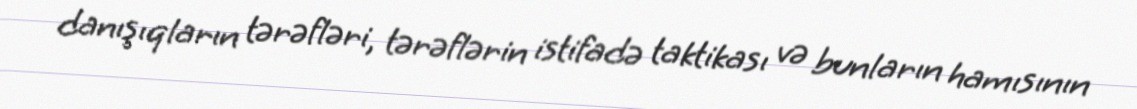
danışıqların tərəfləri, tərəflərin istifadə taktikası və bunların hamısının